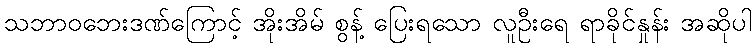
သဘာဝဘေးဒဏ်ကြောင့် အိုးအိမ် စွန့် ပြေးရသော လူဦးရေ ရာခိုင်နှုန်း အဆိုပါ